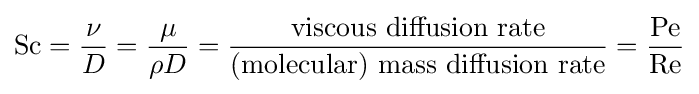
\mathrm {Sc} ={\frac {\nu }{D}}={\frac {\mu }{\rho D}}={\frac {\mbox{viscous diffusion rate}}{\mbox{(molecular) mass diffusion rate}}}={\frac {\mathrm {Pe} }{\mathrm {Re} }}